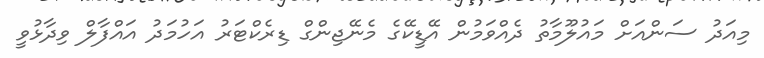
މިއަދު ސަންއަށް މައުލޫމާތު ދެއްވަމުން އޭޑީކޭގެ މެނޭޖިންގް ޑިރެކްޓަރު އަހުމަދު އައްފާލް ވިދާޅުވީ